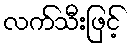
လက်သီးဖြင့်